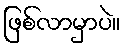
ဖြစ်လာမှာပဲ။